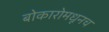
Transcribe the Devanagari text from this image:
बोकारोमधूनच